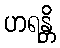
ဟရန္တိ